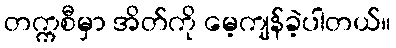
တက္ကစီမှာ အိတ်ကို မေ့ကျန်ခဲ့ပါတယ်။